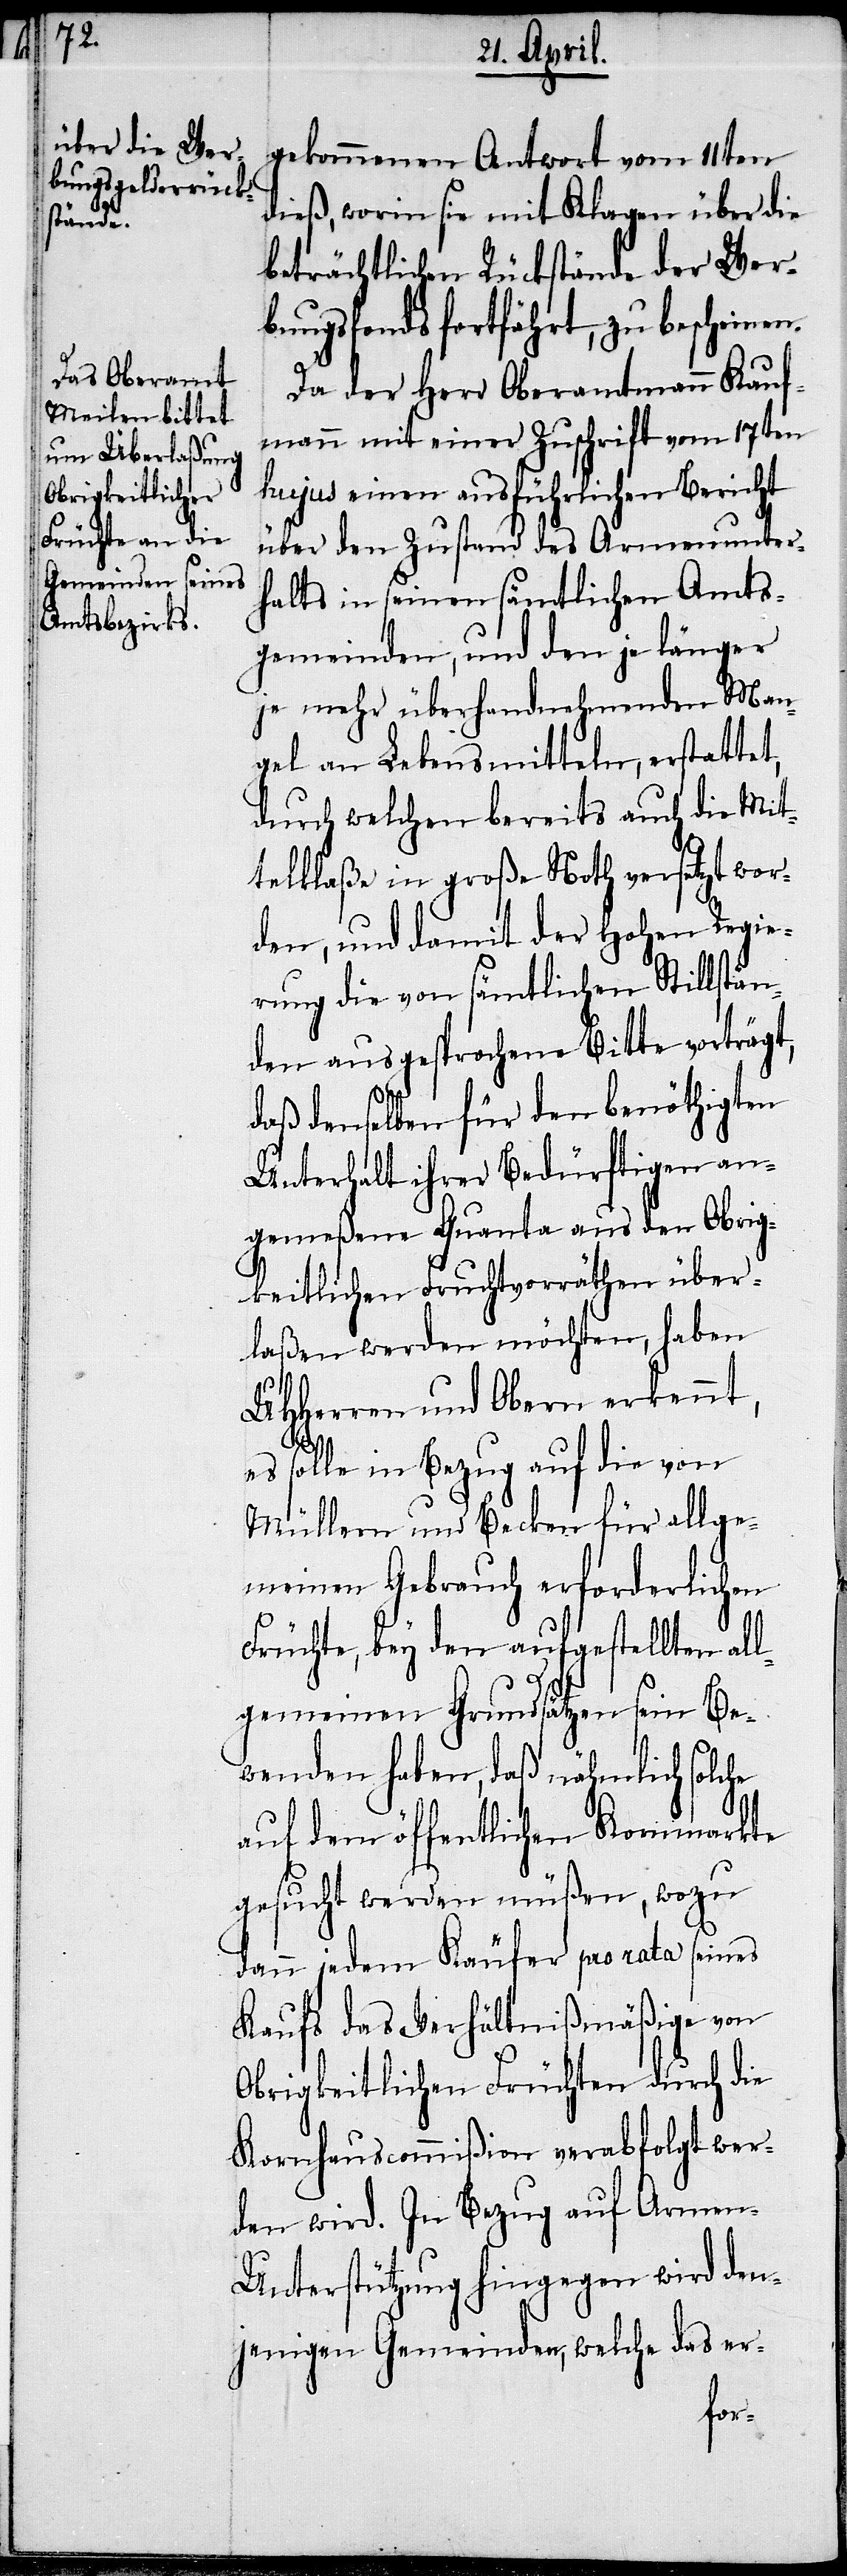
gekommenen Antwort vom 11ten
dieß, worin sie mit Klagen über die
beträchtlichen Rückstände der Wer¬
bungsfonds fortfährt, zu bescheinen.
Da der Herr Oberamtmann Kauf¬
mann mit einer Zuschrift vom 17ten
hujus einen ausführlichen Bericht
über den Zustand des Armenunter¬
halts in seinen sämtlichen Amts¬
gemeinden, und den je länger
je mehr überhandnehmenden Man¬
gel an Lebensmitteln, erstattet,
durch welchen bereits auch die Mit¬
telklaße in große Noth versetzt wor¬
den, und damit der Hohen Regie¬
rung die von sämtlichen Stillstän¬
den ausgesprochene Bitte vorträgt,
daß denselben für den benöthigten
Unterhalt ihrer Bedürftigen an¬
gemeßene Quanta aus den Obrig¬
keitlichen Fruchtvorräthen über¬
laßen werden möchten, haben
UHHerren und Obern erkennt,
es solle in Bezug auf die von
Müllern und Becken für allge¬
meinen Gebrauch erforderlichen
Früchte, bey den aufgestellten all¬
gemeinen Grundsätzen sein Be¬
wenden haben, daß nähmlich solche
auf dem öffentlichen Kornmarkte
gesucht werden müßen, wozu
dann jedem Käufer pro rata seines
Kaufs das Verhältnißmäßige von
Obrigkeitlichen Früchten durch die
Kornhauscommißion verabfolgt wer¬
den wird. In Bezug auf Armen-U¬
nterstützung hingegen wird den¬
jenigen Gemeinden, welche das er-